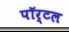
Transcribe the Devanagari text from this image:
पॉर्टल